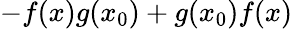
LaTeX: -f(x)g(x_{0})+g(x_{0})f(x)